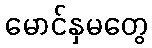
မောင်နှမတွေ